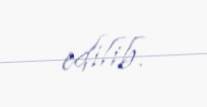
edilib.